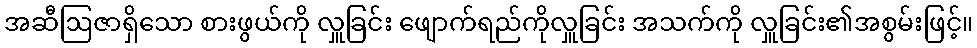
အဆီဩဇာရှိသော စားဖွယ်ကို လှူခြင်း ဖျောက်ရည်ကိုလှူခြင်း အသက်ကို လှူခြင်း၏အစွမ်းဖြင့်။